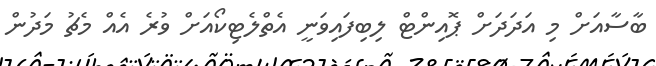
ބާސާއަށް މި އަދަދަށް ޕޮއިންޓް ލިބިފައިވަނީ އެތްލެޓިކޯއަށް ވުރެ އެއް މެޗު މަދުން